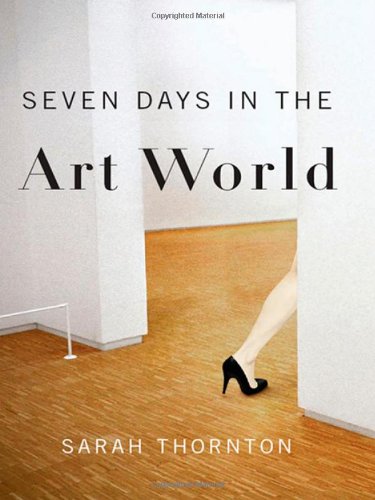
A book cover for Seven Days in the Art World; Sarah Thornton; Arts & Photography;